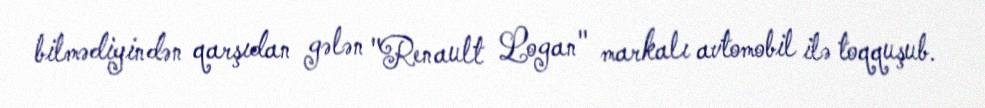
bilmədiyindən qarşıdan gələn "Renault Logan" markalı avtomobil ilə toqquşub.